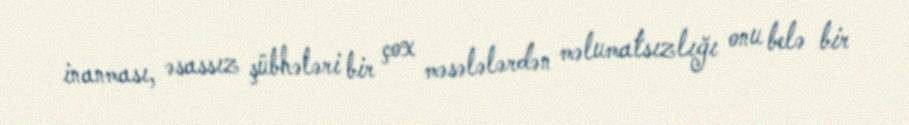
inanması, əsassız şübhələri bir çox məsələlərdən məlumatsızlığı onu belə bir